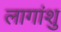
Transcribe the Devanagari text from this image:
लागांशु